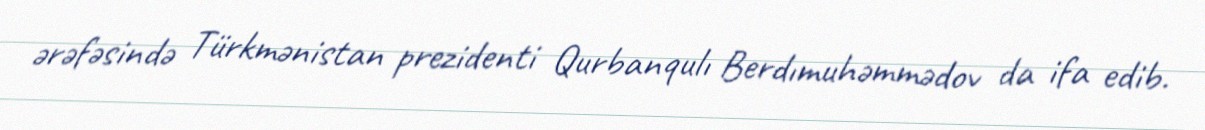
ərəfəsində Türkmənistan prezidenti Qurbanqulı Berdımuhəmmədov da ifa edib.